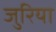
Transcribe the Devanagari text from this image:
जुरिया